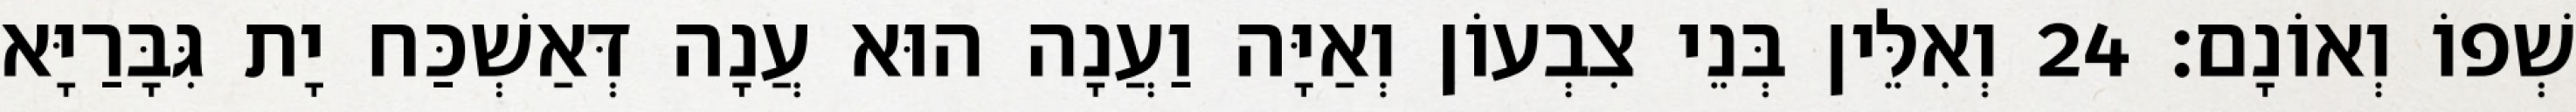
שְׁפוֹ וְאוֹנָם׃ 24 וְאִלֵּין בְּנֵי צִבְעוֹן וְאַיָּה וַעֲנָה הוּא עֲנָה דְּאַשְׁכַּח יָת גִּבָּרַיָּא